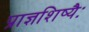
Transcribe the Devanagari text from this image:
प्राज्ञशिष्यैः